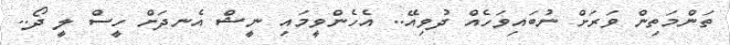
ތަންމަތިން ވަރަށް ނުބައިވަހެއް ދުވިއޭ.. އެހެންވީމައި ނީޝް އެނދަށް ހީސް ލީ ދޯ..